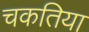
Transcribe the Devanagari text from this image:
चकतिया